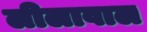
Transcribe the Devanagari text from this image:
लीलावाल